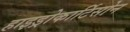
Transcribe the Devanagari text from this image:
हाइड्रोकार्टिसोन